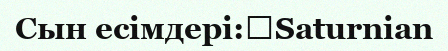
Сын есімдері:	Saturnian